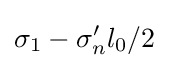
\sigma _{1}-\sigma '_{n}l_{0}/2